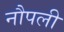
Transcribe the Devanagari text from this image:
नौपली